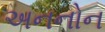
અનનોન